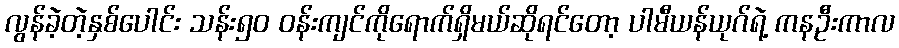
လွန်ခဲ့တဲ့နှစ်ပေါင်း သန်း၅၀ ဝန်းကျင်ကိုရောက်ရှိမယ်ဆိုရင်တော့ ပါမီယန်ယုဂ်ရဲ့ ကနဦးကာလ